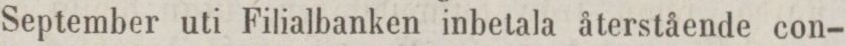
September uti Filialbanken inbetala återstående con-